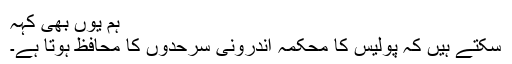
ہم یوں بھی کہہ
سکتے ہیں کہ پولیس کا محکمہ اندرونی سرحدوں کا محافظ ہوتا ہے۔